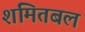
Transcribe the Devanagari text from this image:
शमितबल